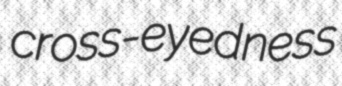
cross-eyedness